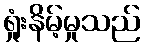
ရှုံးနိမ့်မှုသည်